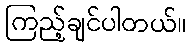
ကြည့်ချင်ပါတယ်။